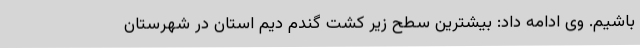
باشیم. وی ادامه داد: بیشترین سطح زیر کشت گندم دیم استان در شهرستان